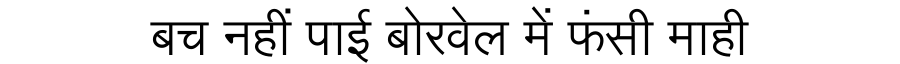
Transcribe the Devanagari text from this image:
बच नहीं पाई बोरवेल में फंसी माही